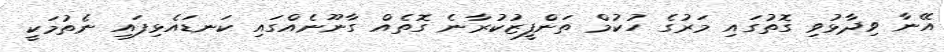
އޭނާ ވިދާޅުވި ގޮތުގައި މަރުގެ ހުކުމް ތަންފީޒުކުރާނެ ގޮތެއް ގާނޫނެއްގައި ކަނޑައެޅިފައި ނެތުމަކީ